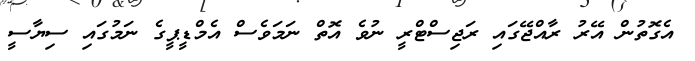
އެގޮތުން އޭރު ރާއްޖޭގައި ރަޖިސްޓްރީ ނުވެ އޮތް ނަމަވެސް އެމްޑީޕީގެ ނަމުގައި ސިޔާސީ